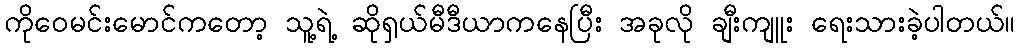
ကိုဝေမင်းမောင်ကတော့ သူ့ရဲ့ ဆိုရှယ်မီဒီယာကနေပြီး အခုလို ချီးကျူး ရေးသားခဲ့ပါတယ်။